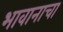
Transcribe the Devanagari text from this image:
भावानाचा